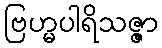
ဗြဟ္မပါရိသဇ္ဇာ